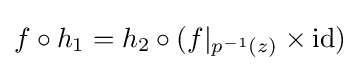
f\circ h_{1}=h_{2}\circ (f|_{p^{-1}(z)}\times \operatorname {id} )